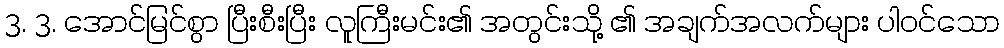
3. 3. အောင်မြင်စွာ ပြီးစီးပြီး လူကြီးမင်း၏ အတွင်းသို့ ၏ အချက်အလက်များ ပါဝင်သော